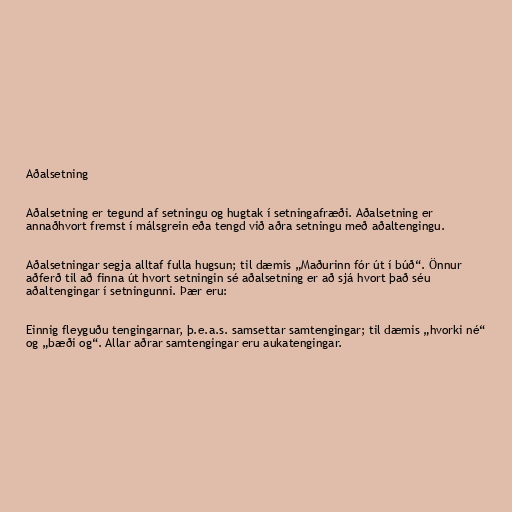
Aðalsetning

Aðalsetning er tegund af setningu og hugtak í setningafræði. Aðalsetning er
annaðhvort fremst í málsgrein eða tengd við aðra setningu með aðaltengingu.

Aðalsetningar segja alltaf fulla hugsun; til dæmis „Maðurinn fór út í búð“. Önnur
aðferð til að finna út hvort setningin sé aðalsetning er að sjá hvort það séu
aðaltengingar í setningunni. Þær eru:

Einnig fleyguðu tengingarnar, þ.e.a.s. samsettar samtengingar; til dæmis „hvorki né“
og „bæði og“. Allar aðrar samtengingar eru aukatengingar.